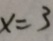
x = 3